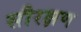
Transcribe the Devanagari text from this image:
सौरक्षण